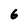
Character: 6